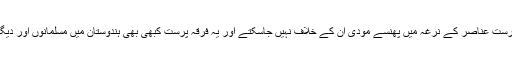
مگر یہ محض ممکنات میں ہے اس امر کا واقع ہونا قرین قیاس نہیں ہے، فرقہ پرست عناصر کے نرغہ میں پھنسے مودی ان کے خلاف نہیں جاسکتے اور یہ فرقہ پرست کبھی بھی ہندوستان میں مسلمانوں اور دیگر اقوام کو چین سے نہیں رہنے دیں گے تا آنکہ ان فرقہ پرستوں کاصفایاہوجائے۔